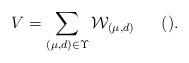
LaTeX: \begin{align*}V=\sum_{(\mu, d)\in \Upsilon}\mathcal{W}_{(\mu,d)}\ \ \ \ \ ().\end{align*}